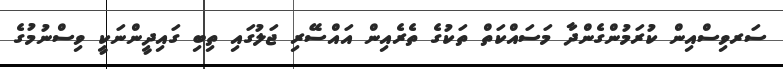
ސަރވިސްއިން ކުރަމުންގެންދާ މަސައްކަތް ތަކުގެ ތެރެއިން އައްސޭރި ޖަލުގައި ތިބި ގައިދީންނަކީ ވިސްނުމުގެ